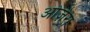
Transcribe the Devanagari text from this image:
ओज़ेरा